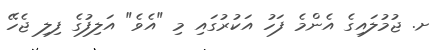
ށ. ޖުމުލައިގެ އެންމެ ފަހު އަކުރުގައި މި "އެވެ" އަލިފުގެ ފިލި ޖެހޭ